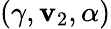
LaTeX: (\gamma,\mathbf{v}_{2},\alpha)